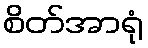
စိတ်အာရုံ